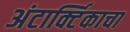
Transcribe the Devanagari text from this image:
अंटार्क्टिकाचा